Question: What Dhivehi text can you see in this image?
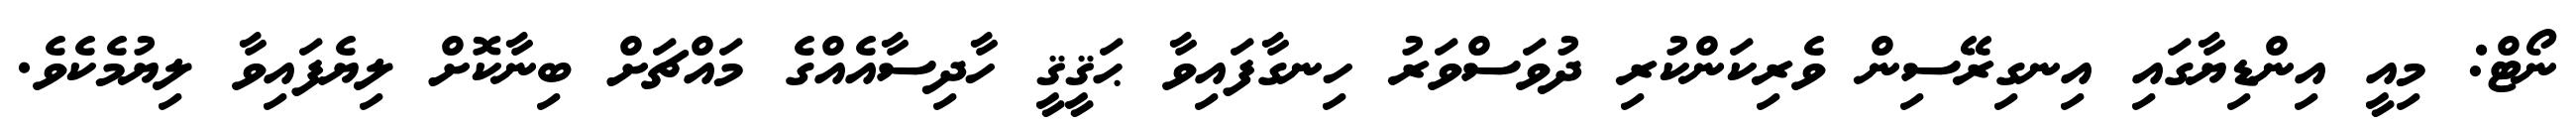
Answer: ނޯޓް: މިއީ އިންޑިޔާގައި އިނގިރޭސިން ވެރިކަންކުރި ދުވަސްވަރު ހިނގާފައިވާ ޙަޤީޤީ ހާދިސާއެއްގެ މައްޗަށް ބިނާކޮށް ލިޔެފައިވާ ލިޔުމެކެވެ.